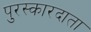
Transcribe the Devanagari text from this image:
पुरस्कारदाता